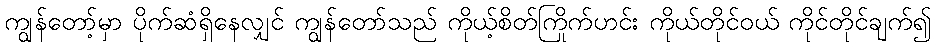
ကျွန်တော့်မှာ ပိုက်ဆံရှိနေလျှင် ကျွန်တော်သည် ကိုယ့်စိတ်ကြိုက်ဟင်း ကိုယ်တိုင်ဝယ် ကိုင်တိုင်ချက်၍